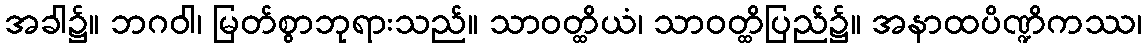
အခါ၌။ ဘဂဝါ၊ မြတ်စွာဘုရားသည်။ သာဝတ္ထိယံ၊ သာဝတ္ထိပြည်၌။ အနာထပိဏ္ဍိကဿ၊